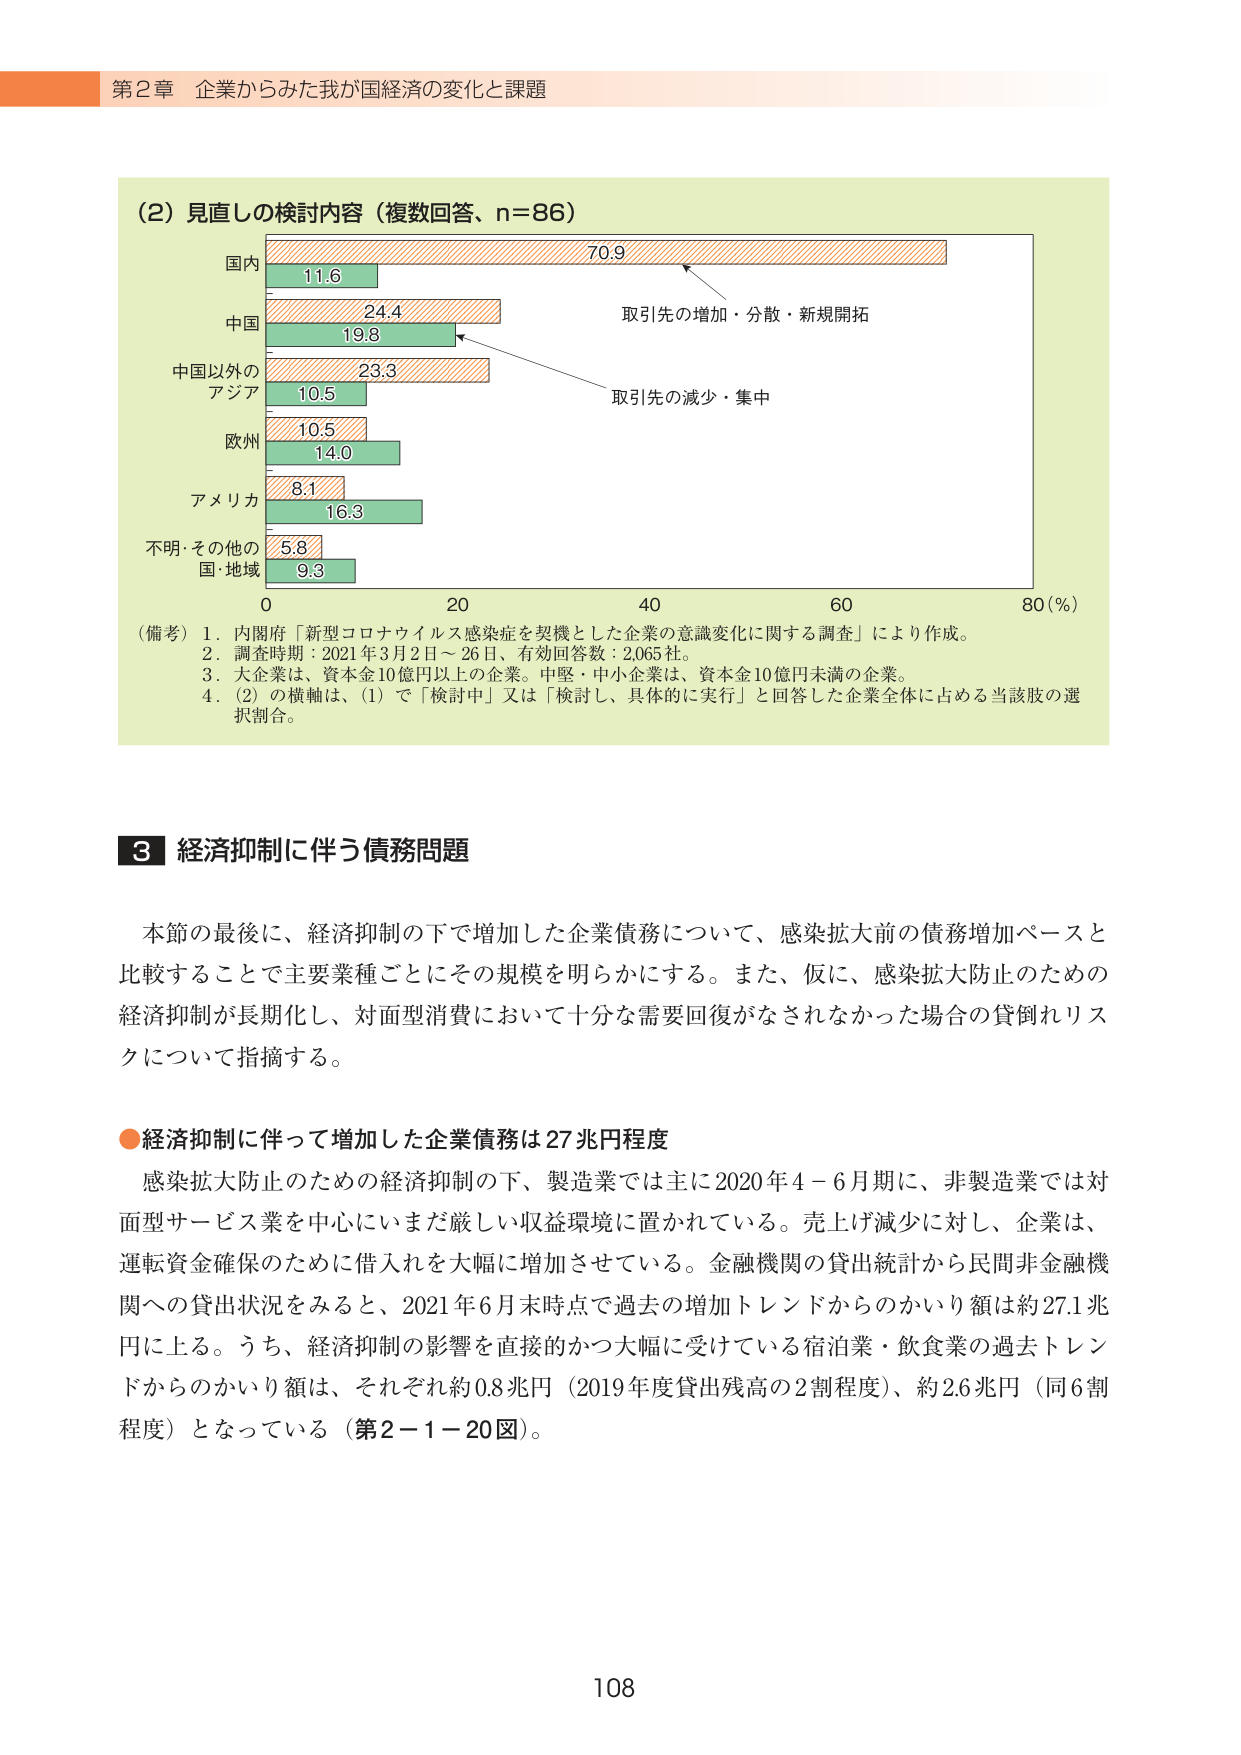
第2章 企業からみた我が国経済の変化と課題

(2) 見直しの検討内容（複数回答、n=86）

国内
70.9
11.6

中国
24.4
19.8

中国以外の
アジア
23.3
10.5

欧州
10.5
14.0

アメリカ
8.1
16.3

不明・その他の
国・地域
5.8
9.3

0 20 40 60 80 (%)

取引先の増加・分散・新規開拓
取引先の減少・集中

（備考）1. 内閣府「新型コロナウイルス感染症を契機とした企業の意識変化に関する調査」により作成。
2. 調査時期：2021年3月2日～26日、有効回答数：2,065社。
3. 大企業は、資本金10億円以上の企業。中堅・中小企業は、資本金10億円未満の企業。
4. (2)の横軸は、(1)で「検討中」又は「検討し、具体的に実行」と回答した企業全体に占める当該肢の選択割合。

■3 経済抑制に伴う債務問題

本節の最後に、経済抑制の下で増加した企業債務について、感染拡大前の債務増加ペースと比較することで主要業種ごとにその規模を明らかにする。また、仮に、感染拡大防止のための経済抑制が長期化し、対面型消費において十分な需要回復がなされなかった場合の貸倒れリスクについて指摘する。

●経済抑制に伴って増加した企業債務は27兆円程度

感染拡大防止のための経済抑制の下、製造業では主に2020年4－6月期に、非製造業では対面型サービス業を中心にいまだ厳しい収益環境に置かれている。売上げ減少に対し、企業は、運転資金確保のために借入れを大幅に増加させている。金融機関の貸出統計から民間非金融機関への貸出状況をみると、2021年6月末時点で過去の増加トレンドからのかいり額は約27.1兆円に上る。うち、経済抑制の影響を直接的かつ大幅に受けている宿泊業・飲食業の過去トレンドからのかいり額は、それぞれ約0.8兆円（2019年度貸出残高の2割程度）、約2.6兆円（同6割程度）となっている（第2－1－20図）。

108